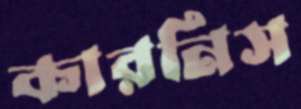
কারনিস